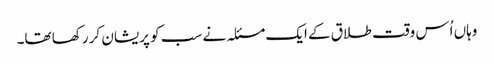
وہاں اُس وقت طلاق کے ایک مسئلہ نے سب کو پریشان کر رکھا تھا۔